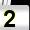
Digit: 2